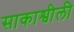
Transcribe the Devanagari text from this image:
साकाश्वीली